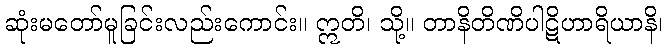
ဆုံးမတော်မူခြင်းလည်းကောင်း။ ဣတိ၊ သို့။ တာနိတိဏိပါဋိဟာရိယာနိ၊